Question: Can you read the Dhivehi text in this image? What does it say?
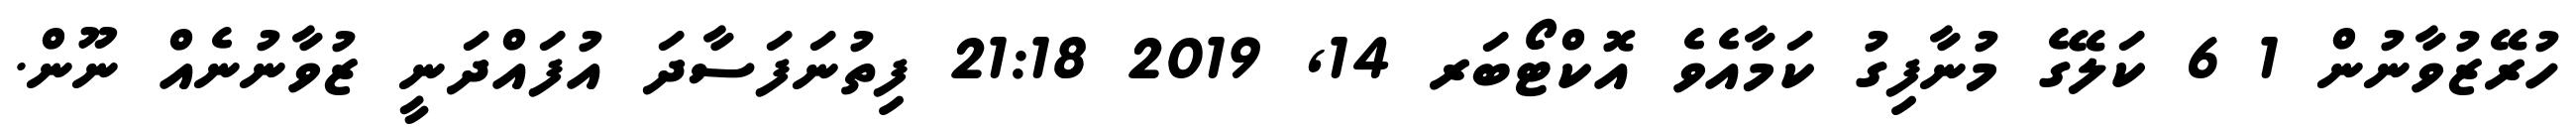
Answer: ހުރޭޒުވާނުން 1 6 ކަލޭގެ މުނާފިގު ކަމާއެވެ އޮކްޓޯބަރ 14, 2019 21:18 ފިތުނަފަސާދަ އުފައްދަނީ ޒުވާނުނެއް ނޫން.